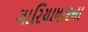
ગારિયાધારના